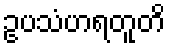
ဥပသံဟရတူတိ